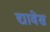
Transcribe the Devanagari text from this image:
द्यावेस